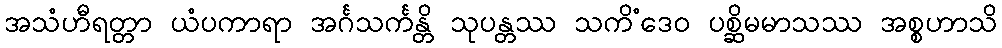
အသံဟီရတ္တာ ယံပကာရာ အင်္ဂသင်္ကန္တိ သုပန္တဿ သကိံဒေဝ ပစ္ဆိမမာသဿ အစ္စဟာသိ